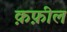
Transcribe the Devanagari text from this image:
क़फ़ील